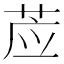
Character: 𰱊